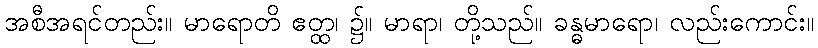
အစီအရင်တည်း။ မာရောတိ ဧတ္ထ၊ ၌။ မာရာ၊ တို့သည်။ ခန္ဓမာရော၊ လည်းကောင်း။